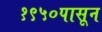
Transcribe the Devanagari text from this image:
१९५०पासून